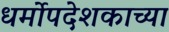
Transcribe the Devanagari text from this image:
धर्मोपदेशकाच्या